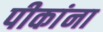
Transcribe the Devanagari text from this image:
पीकांना